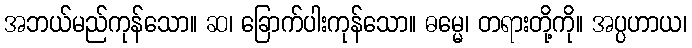
အဘယ်မည်ကုန်သော။ ဆ၊ ခြောက်ပါးကုန်သော။ ဓမ္မေ၊ တရားတို့ကို။ အပ္ပဟာယ၊